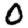
Digit: 0